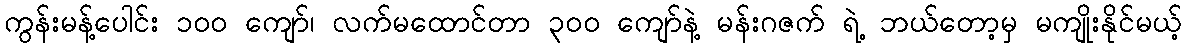
ကွန်းမန့်ပေါင်း ၁၀၀ ကျော်၊ လက်မထောင်တာ ၃၀၀ ကျော်နဲ့ မန်းဂဇက် ရဲ့ ဘယ်တော့မှ မကျိုးနိုင်မယ့်